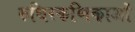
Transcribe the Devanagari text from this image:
रुधिरकणिकाओं